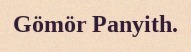
Gömör Panyith.